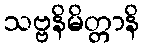
သဗ္ဗနိမိတ္တာနိ